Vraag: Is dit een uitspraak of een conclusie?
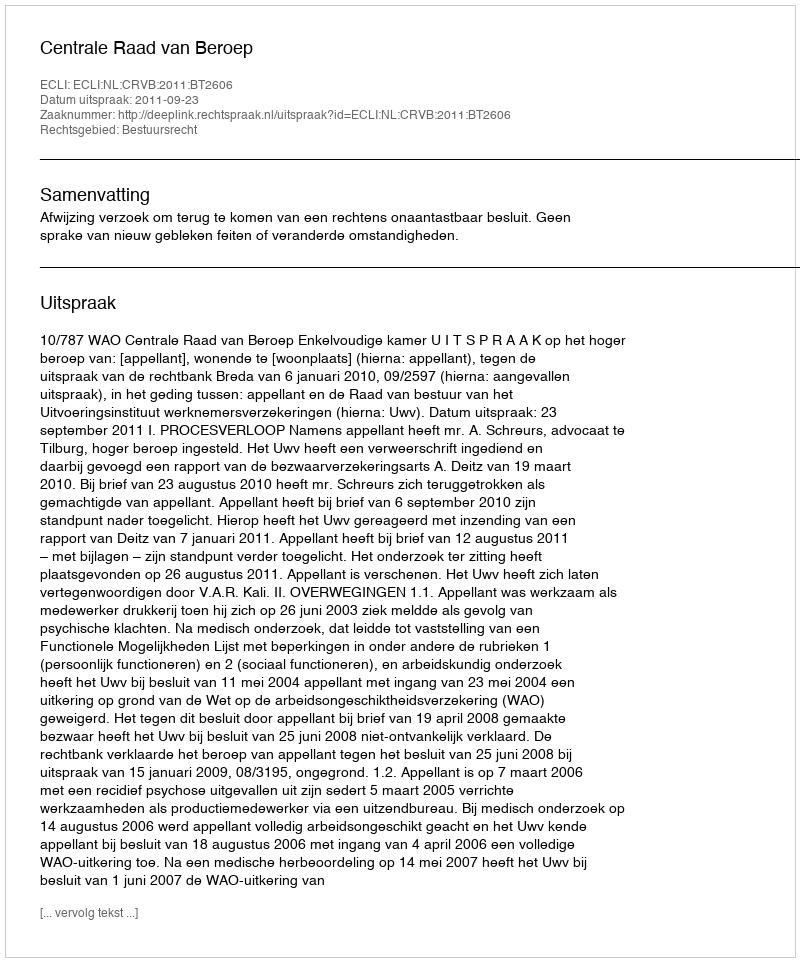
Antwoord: Uitspraak